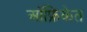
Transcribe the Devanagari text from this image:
ऑफ्रिकेत